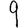
Digit: 9